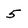
Character: 5